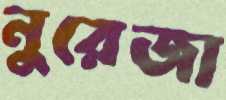
নুরেজা